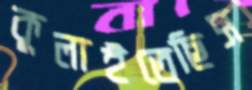
কুলাইতেছিস